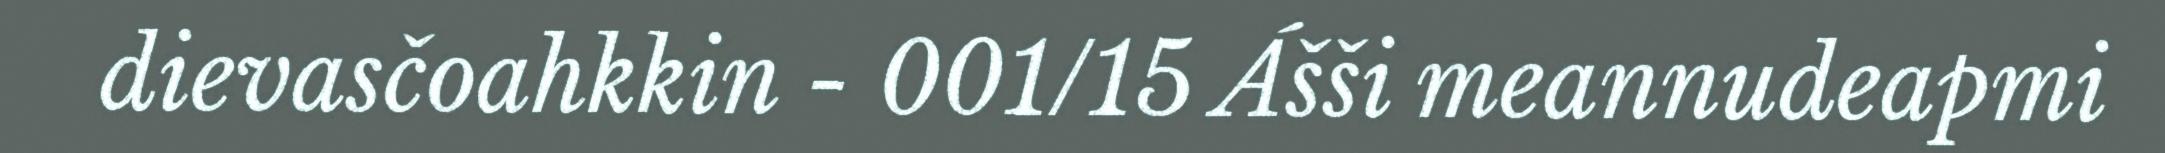
dievasčoahkkin - 001/15 Ášši meannudeapmi